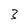
Character: 3